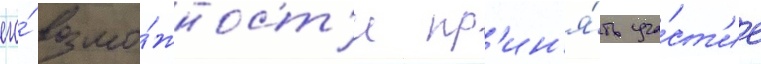
его́ возмо́жност'и пр'ин'я́ть уча́ст'ие